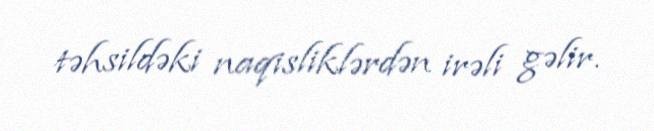
təhsildəki naqisliklərdən irəli gəlir.